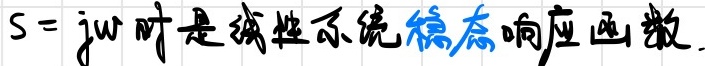
$s = j\omega$ 时是线性系统稳态响应函数.